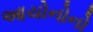
આયોનોનો